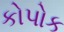
કોપોક